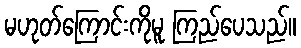
မဟုတ်ကြောင်းကိုမူ ကြည်ပေသည်။